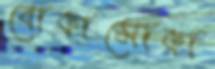
বোকাসোকা